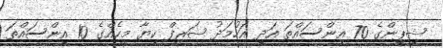
ޝިޕިންގެ 70 އިންސައްތަ އަދި އަހުމަދު ޝަރީފް ކިޔާ މީހެއްގެ 10 އިންސައްތަ